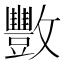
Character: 𫿩